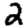
Digit: 2